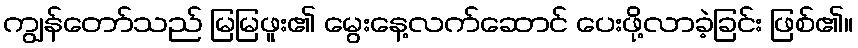
ကျွန်တော်သည် မြမြဖူး၏ မွေးနေ့လက်ဆောင် ပေးဖို့လာခဲ့ခြင်း ဖြစ်၏။